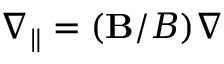
\nabla _ { \parallel } = ( { \bf B } / B ) \nabla